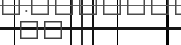
٥٢